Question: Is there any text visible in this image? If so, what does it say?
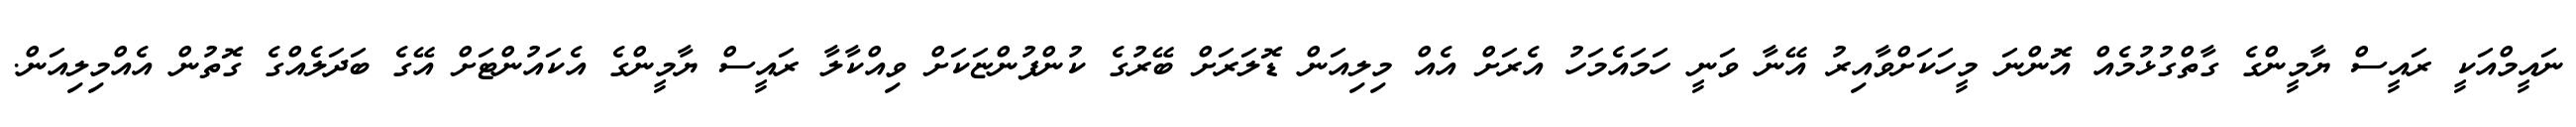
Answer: ނައީމްއަކީ ރައީސް ޔާމީންގެ ގާތްގުޅުމެއް އޮންނަ މީހަކަށްވާއިރު އޭނާ ވަނީ ހަމައެމަހު އެރަށް އެއް މިލިއަން ޑޮލަރަށް ބޭރުގެ ކުންފުންޏަކަށް ވިއްކާލާ ރައީސް ޔާމީންގެ އެކައުންޓަށް އޭގެ ބަދަލެއްގެ ގޮތުން އެއްމިލިއަން.